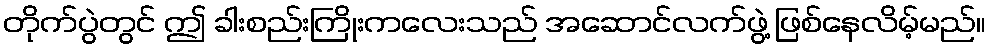
တိုက်ပွဲတွင် ဤ ခါးစည်းကြိုးကလေးသည် အဆောင်လက်ဖွဲ့ ဖြစ်နေလိမ့်မည်။